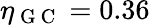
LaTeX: \eta_{\mathrm{~G~C~}}=0.36